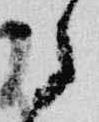
之